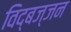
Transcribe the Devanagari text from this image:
विद्बज्जन